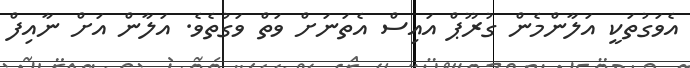
އެވަގުތަކީ އަލާންމެން ގުރޫޕް އައިސް އެތަނަށް ވަތް ވަގުތެވެ. އަލާން އަށް ނާއިފް